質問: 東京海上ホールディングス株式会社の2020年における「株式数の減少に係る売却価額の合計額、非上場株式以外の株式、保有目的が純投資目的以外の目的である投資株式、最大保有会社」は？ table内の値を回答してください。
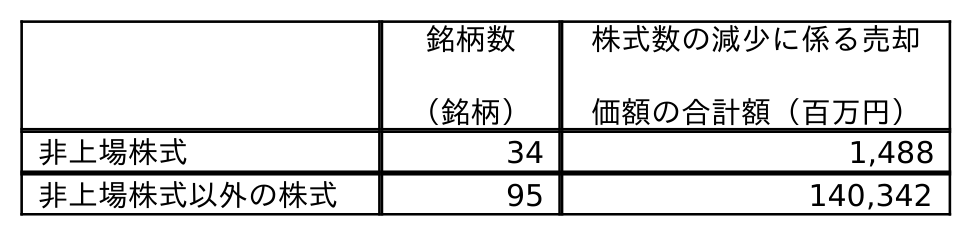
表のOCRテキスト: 銘柄数 （銘柄） 株式数の減少に係る売却 価額の合計額（百万円） 非上場株式 34 1,488 非上場株式以外の株式 95 140,342
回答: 140,342